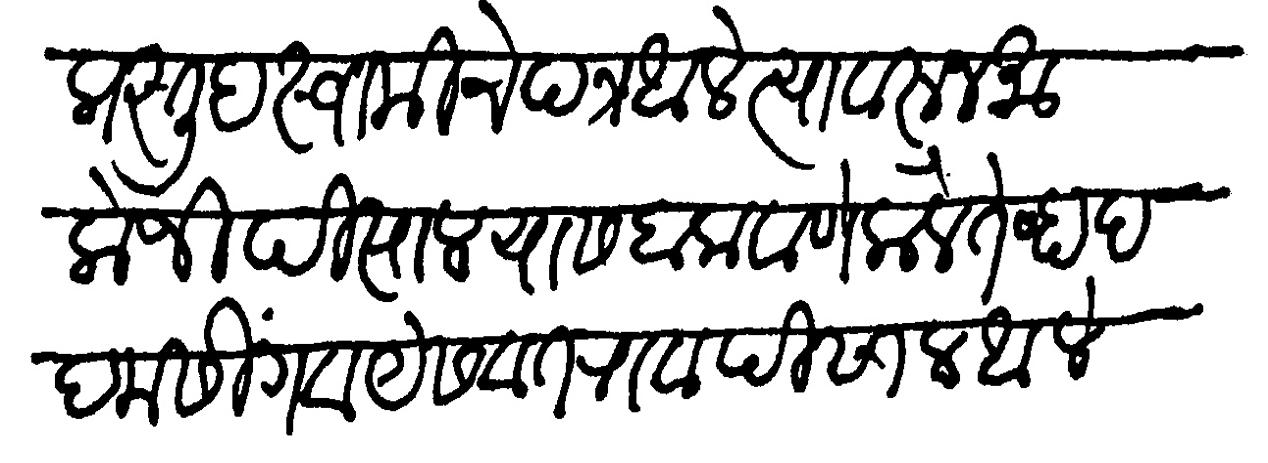
Transliteration (Devanagari): प्रस्तुद स्वामींचे पत्र आले त्यावरून मालोजी पिसाल यास बालावणे केले तेव्हा पदम सिंग व यशवंत राव पिसाल आले